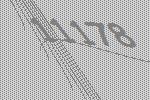
11178